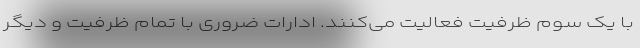
با یک سوم ظرفیت فعالیت می‌کنند. ادارات ضروری با تمام ظرفیت و دیگر